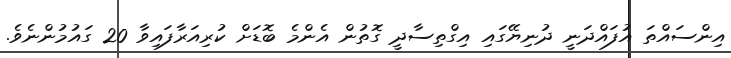
އިންސައްތަ އުފައްދަނީ ދުނިޔޭގައި އިގްތިސާދީ ގޮތުން އެންމެ ބޮޑަށް ކުރިއަރާފައިވާ 20 ގައުމުންނެވެ.